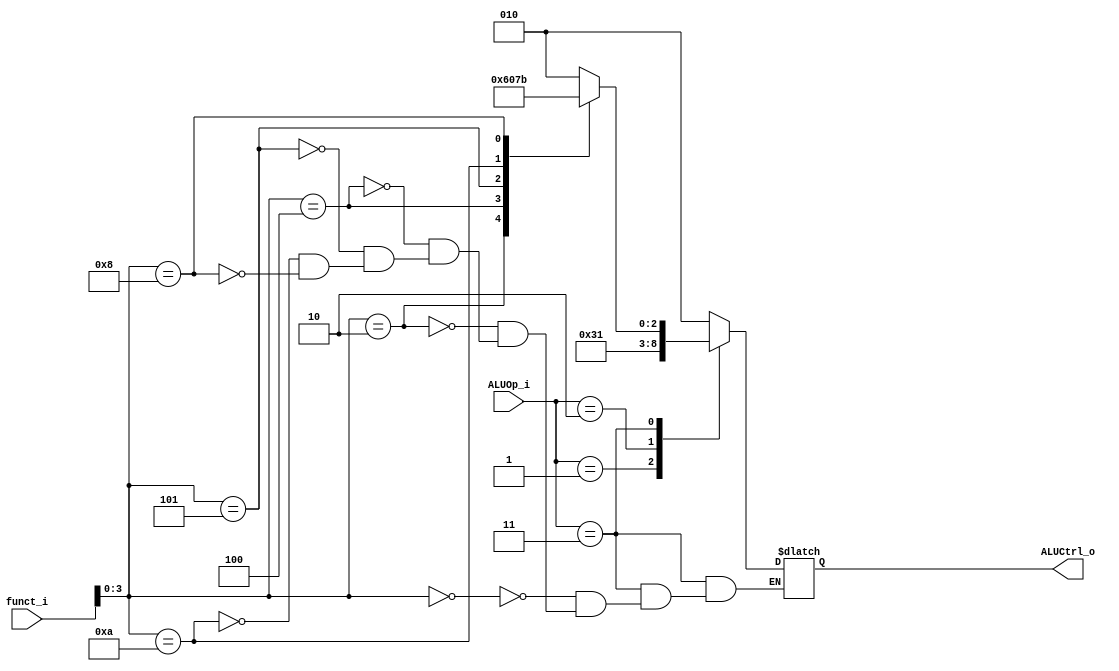
module ALU_Control
(
    funct_i,
    ALUOp_i,
    ALUCtrl_o
);

input      [5:0]   funct_i;
input      [1:0]   ALUOp_i;
output reg [2:0]   ALUCtrl_o;

always@(ALUOp_i or funct_i) begin
  case(ALUOp_i)
    2'b00 : ALUCtrl_o = 3'b010; // lw, sw -> Add
    2'b01 : ALUCtrl_o = 3'b110; // beq -> Sub
    2'b10 : ALUCtrl_o = 3'b001; // ori -> Or
    2'b11 : begin
      case(funct_i[3:0])
        4'b0000 : ALUCtrl_o = 3'b010; // Add
        4'b0010 : ALUCtrl_o = 3'b110; // Subtract
        4'b0100 : ALUCtrl_o = 3'b000; // And
        4'b0101 : ALUCtrl_o = 3'b001; // Or
        4'b1010 : ALUCtrl_o = 3'b111; // Set less than
        4'b1000 : ALUCtrl_o = 3'b011; // mult
      endcase
    end
  endcase
  
end

endmodule